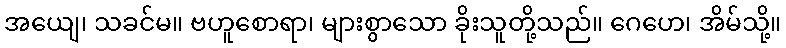
အယျေ၊ သခင်မ။ ဗဟူစောရာ၊ များစွာသော ခိုးသူတို့သည်။ ဂေဟေ၊ အိမ်သို့။